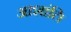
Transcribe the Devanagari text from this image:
आशांति